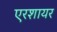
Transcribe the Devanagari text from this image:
एरशायर